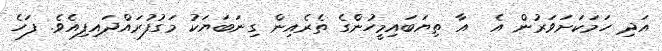
އަދި ހަމަކަށަވަރުން އެ  އާ ތިޔަބައިމީހުންގެ ތެރެއިން ގިނަބަޔަކު މަގުފުރައްދައިފިއެވެ. ފަހެ